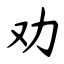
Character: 劝